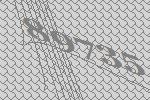
89735